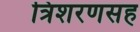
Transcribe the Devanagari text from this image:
त्रिशरणसह